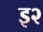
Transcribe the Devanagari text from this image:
इ२